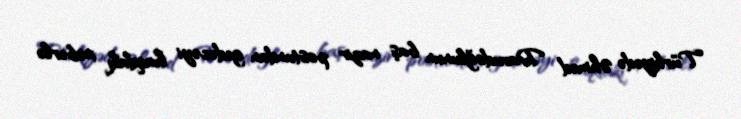
Türkiyədə Əhməd Davudoğlunun baş nazir postundan gedəcəyi haqdakı xəbərlə